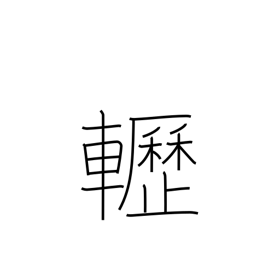
Meaning: creaking sound